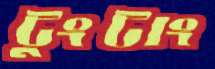
টুংটাং